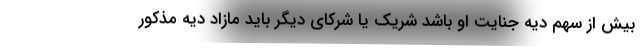
بیش از سهم دیه جنایت او باشد شریک یا شرکای دیگر باید مازاد دیه مذکور